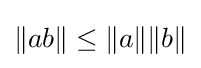
\|ab\|\leq \|a\|\|b\|